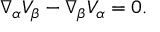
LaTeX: \nabla _ { \alpha } V _ { \beta } - \nabla _ { \beta } V _ { \alpha } = 0 .